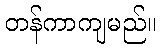
တန်ကာကျမည်။